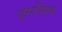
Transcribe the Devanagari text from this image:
प्राविधक